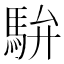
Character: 䮁